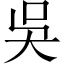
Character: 吳